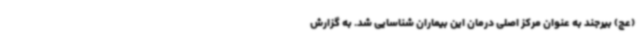
(عج) بیرجند به عنوان مرکز اصلی درمان این بیماران شناسایی شد. به گزارش